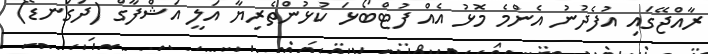
ރާއްޖޭގައި އުފެދުނު އެންމެ މޮޅު އެއް ފުޓްބޯޅަ ކުޅުންތެރިޔާ އަލީ އަޝްފާގް (ދަގަނޑޭ)